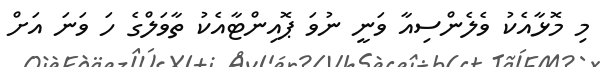
މި މޮޅާއެކު ވެލެންސިއާ ވަނީ ނުވަ ޕޮއިންޓާއެކު ތާވަލްގެ ހަ ވަނަ އަށް